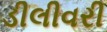
ડીલીવરી